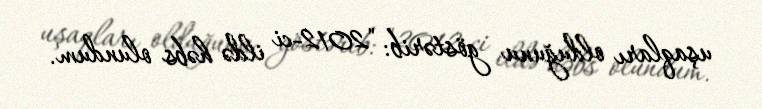
uşaqları olduğunu göstərib: "2012-ci ildə həbs olundum.